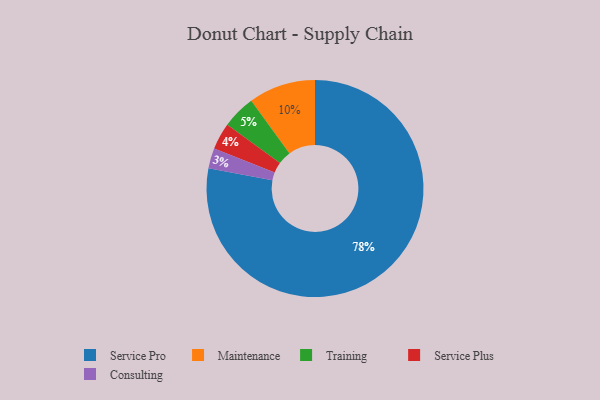
{"axis": {"x": "Category", "y": "Percentage"}, "legend": ["Consulting", "Maintenance", "Service Plus", "Service Pro", "Training"], "data": [{"x": "Consulting", "y": 3, "type": "Consulting"}, {"x": "Service Pro", "y": 78, "type": "Service Pro"}, {"x": "Service Plus", "y": 4, "type": "Service Plus"}, {"x": "Training", "y": 5, "type": "Training"}, {"x": "Maintenance", "y": 10, "type": "Maintenance"}]}